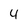
Character: 4